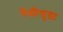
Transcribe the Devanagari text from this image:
वेळीसुद्धा